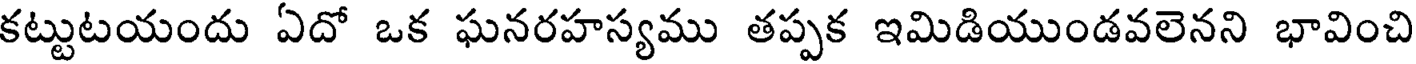
కట్టుటయందు ఏదో ఒక ఘనరహస్యము తప్పక ఇమిడియుండవలెనని భావించి